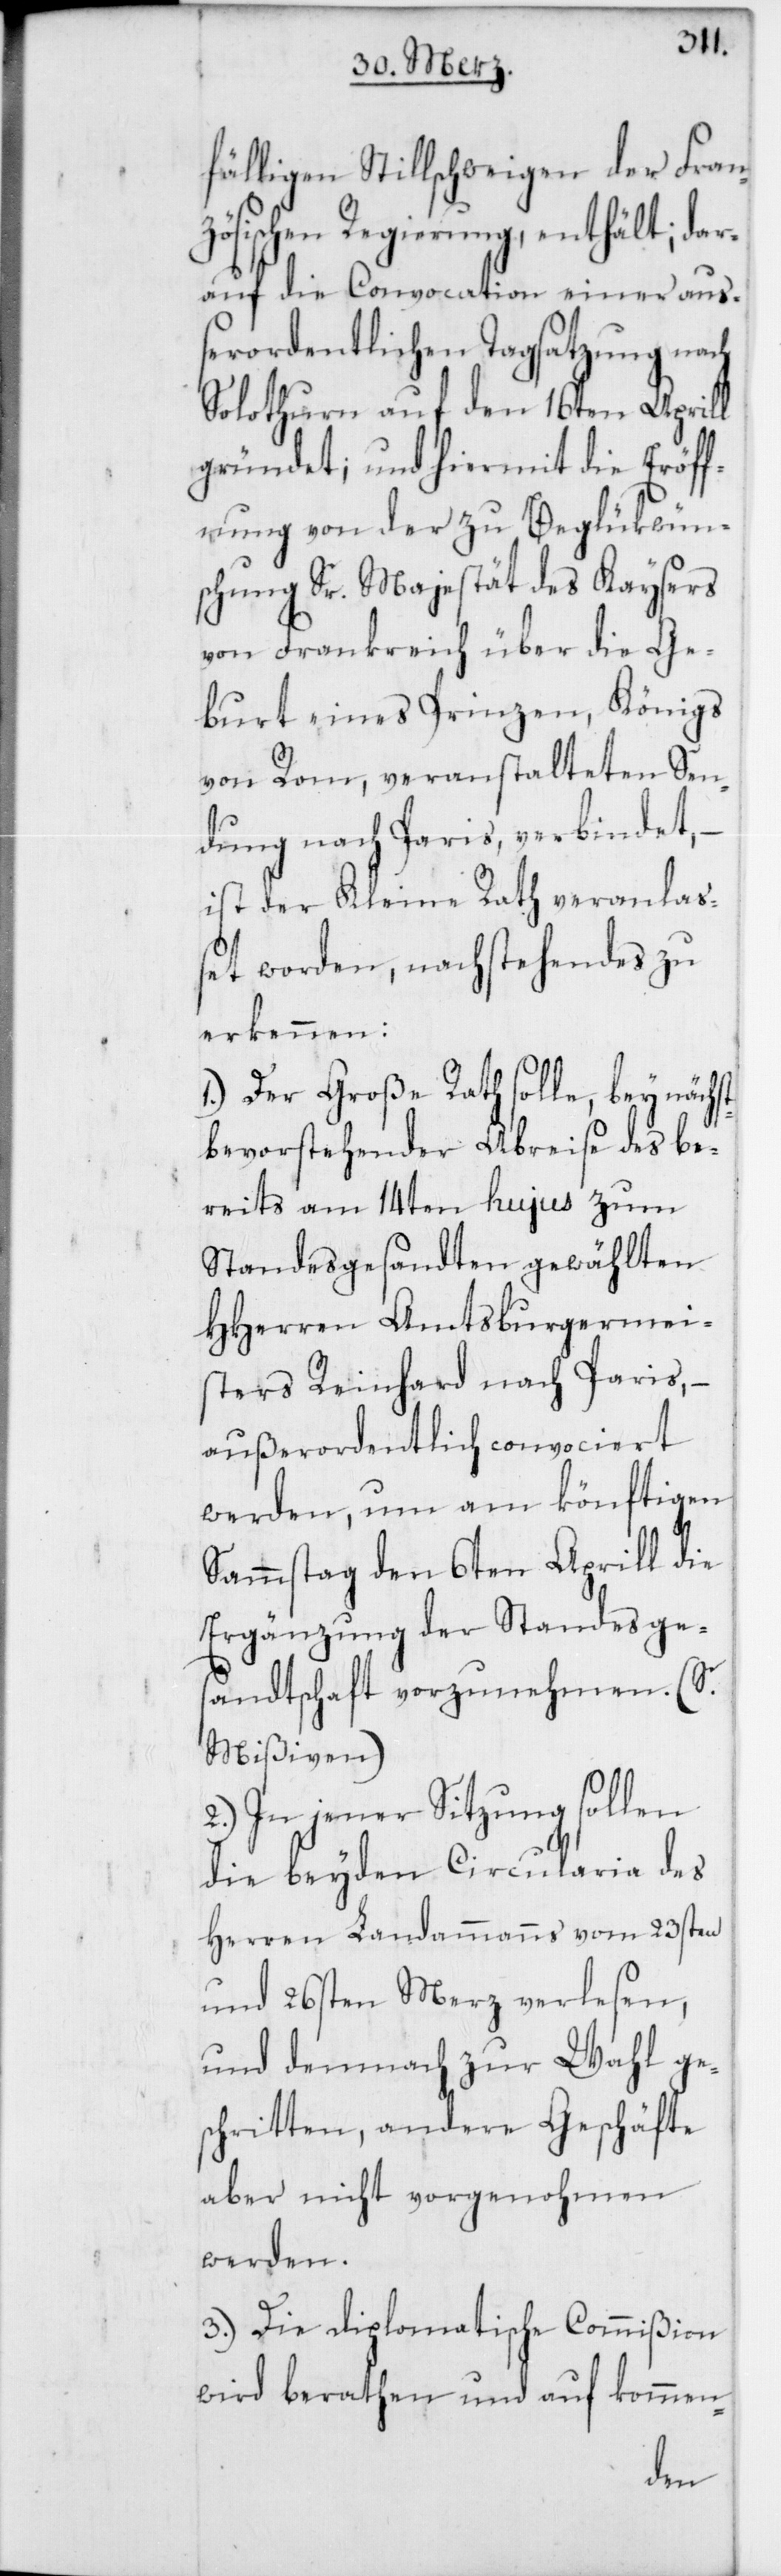
fälligen Stillschweigen der Fran¬
zösischen Regierung enthält; dar¬
auf die Convocation einer au¬
ßerordentlichen Tagsatzung nach
Solothurn auf den 16ten Aprill
gründet; und hiermit die Eröff¬
nung von der zu Beglükwün¬
schung Sr. Majestät des Kaysers
von Frankreich über die Ge¬
burt eines Prinzen, Königs
von Rom, veranstalteten Sen¬
dung nach Paris verbindet, –
ist der Kleine Rath veranlaß¬
et worden, nachstehendes zu
erkennen:
1.) Der Große Rath solle, bey nächst
bevorstehender Abreise des be¬
reits am 14ten hujus zum
Standesgesandten gewählten
HHerren Amtsburgermei¬
sters Reinhard nach Paris, –
außerordentlich convociert
werden, um am könftigen
Sammstag den 6ten Aprill die
Ergänzung der Standesges¬
andtschaft vorzunehmen (S.
Mißiven)
2.) In jener Sitzung sollen
die beyden Circularia des
Herren Landammanns vom 23sten
und 26sten Merz verlesen,
und demnach zur Wahl ges¬
chritten, andere Geschäfte
aber nicht vorgenohmen
werden.
3.) Die diplomatische Commißion
wird berathen und auf kommen-